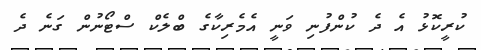
ކުރީކޮޅު އެ ދެ ކުންފުނި ވަނީ އެމެރިކާގެ ބްލެކް ސްޓޯނުން ގަނެ ދެ